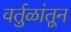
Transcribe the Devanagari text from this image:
वर्तुळांतून